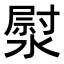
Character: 𭲐